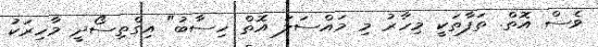
ވެސް އޮތް. ތަފާތަކީ މިހާރު މި މައްސަލަ އޮތް ހިސާބު" އިގްތިސޯދީ މާހިރަކު